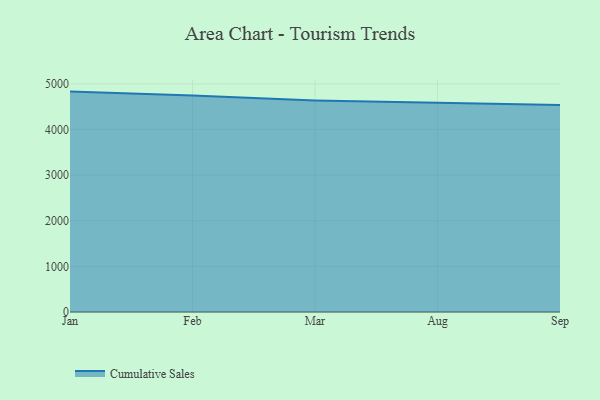
{"axis": {"x": "Month", "y": "Revenue (USD Million)"}, "legend": ["Cumulative Sales"], "data": [{"x": "Jan", "y": 4830.9, "type": "Cumulative Sales"}, {"x": "Feb", "y": 4746.4, "type": "Cumulative Sales"}, {"x": "Mar", "y": 4636.8, "type": "Cumulative Sales"}, {"x": "Aug", "y": 4593.5, "type": "Cumulative Sales"}, {"x": "Sep", "y": 4535.9, "type": "Cumulative Sales"}]}